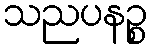
သညပနဉ္စ